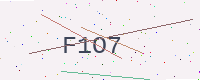
Text: F1O7